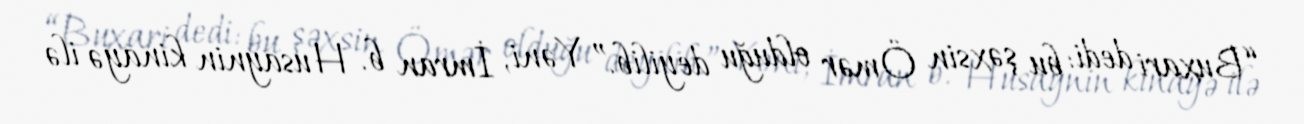
“Buxari dedi: bu şəxsin Ömər olduğu deyilib.” Yəni, İmran b. Husaynin kinayə ilə